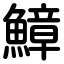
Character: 鱆